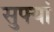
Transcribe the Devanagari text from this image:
सुफ्यां